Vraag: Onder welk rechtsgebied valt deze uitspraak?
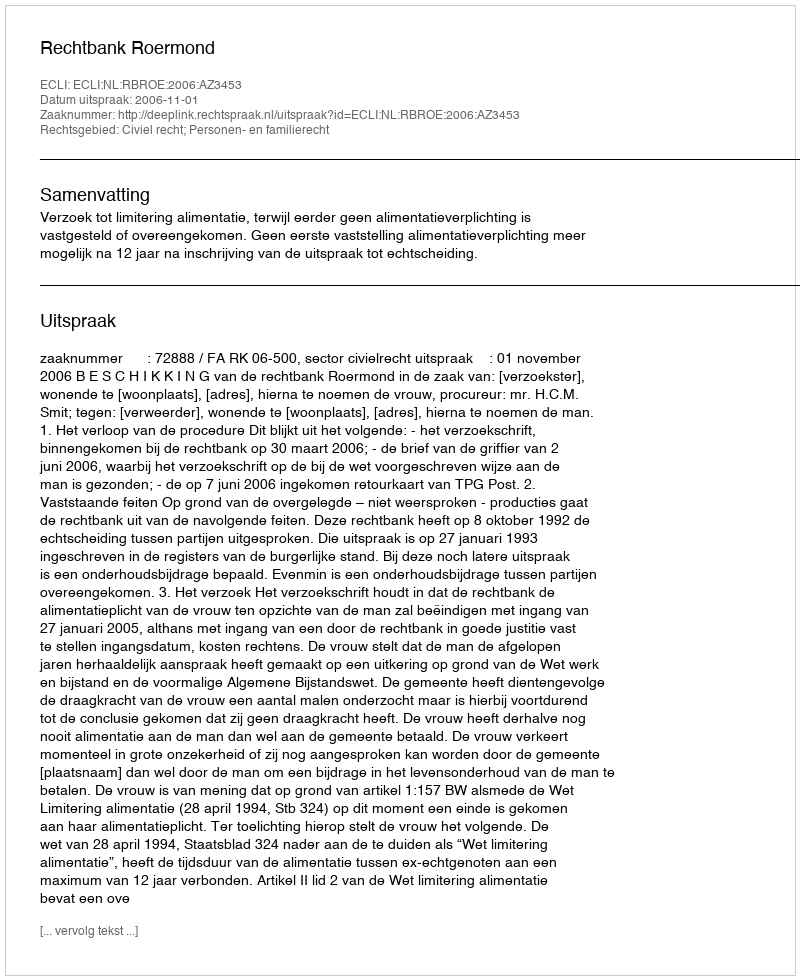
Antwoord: Civiel recht; Personen- en familierecht